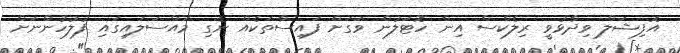
އޮފިޝަލް ވިދާޅުވީ ރިލެކްސް އިން ހޮޓަލުން ވަގަށް ފައިސާތަކެއް ނެގި މައްސަލައިގައި ފުލުހުންނަށް